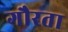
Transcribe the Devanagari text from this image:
गौरता